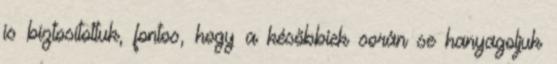
is biztosítottuk, fontos, hogy a későbbiek során se hanyagoljuk